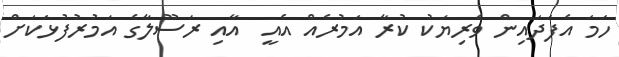
ހަމަ އެފަދައިން ވެރިޔަކު ކުރާ އަމުރެއް އެއީ  އާއި ރަސޫލާގެ އަމުރުފުޅަކަށް